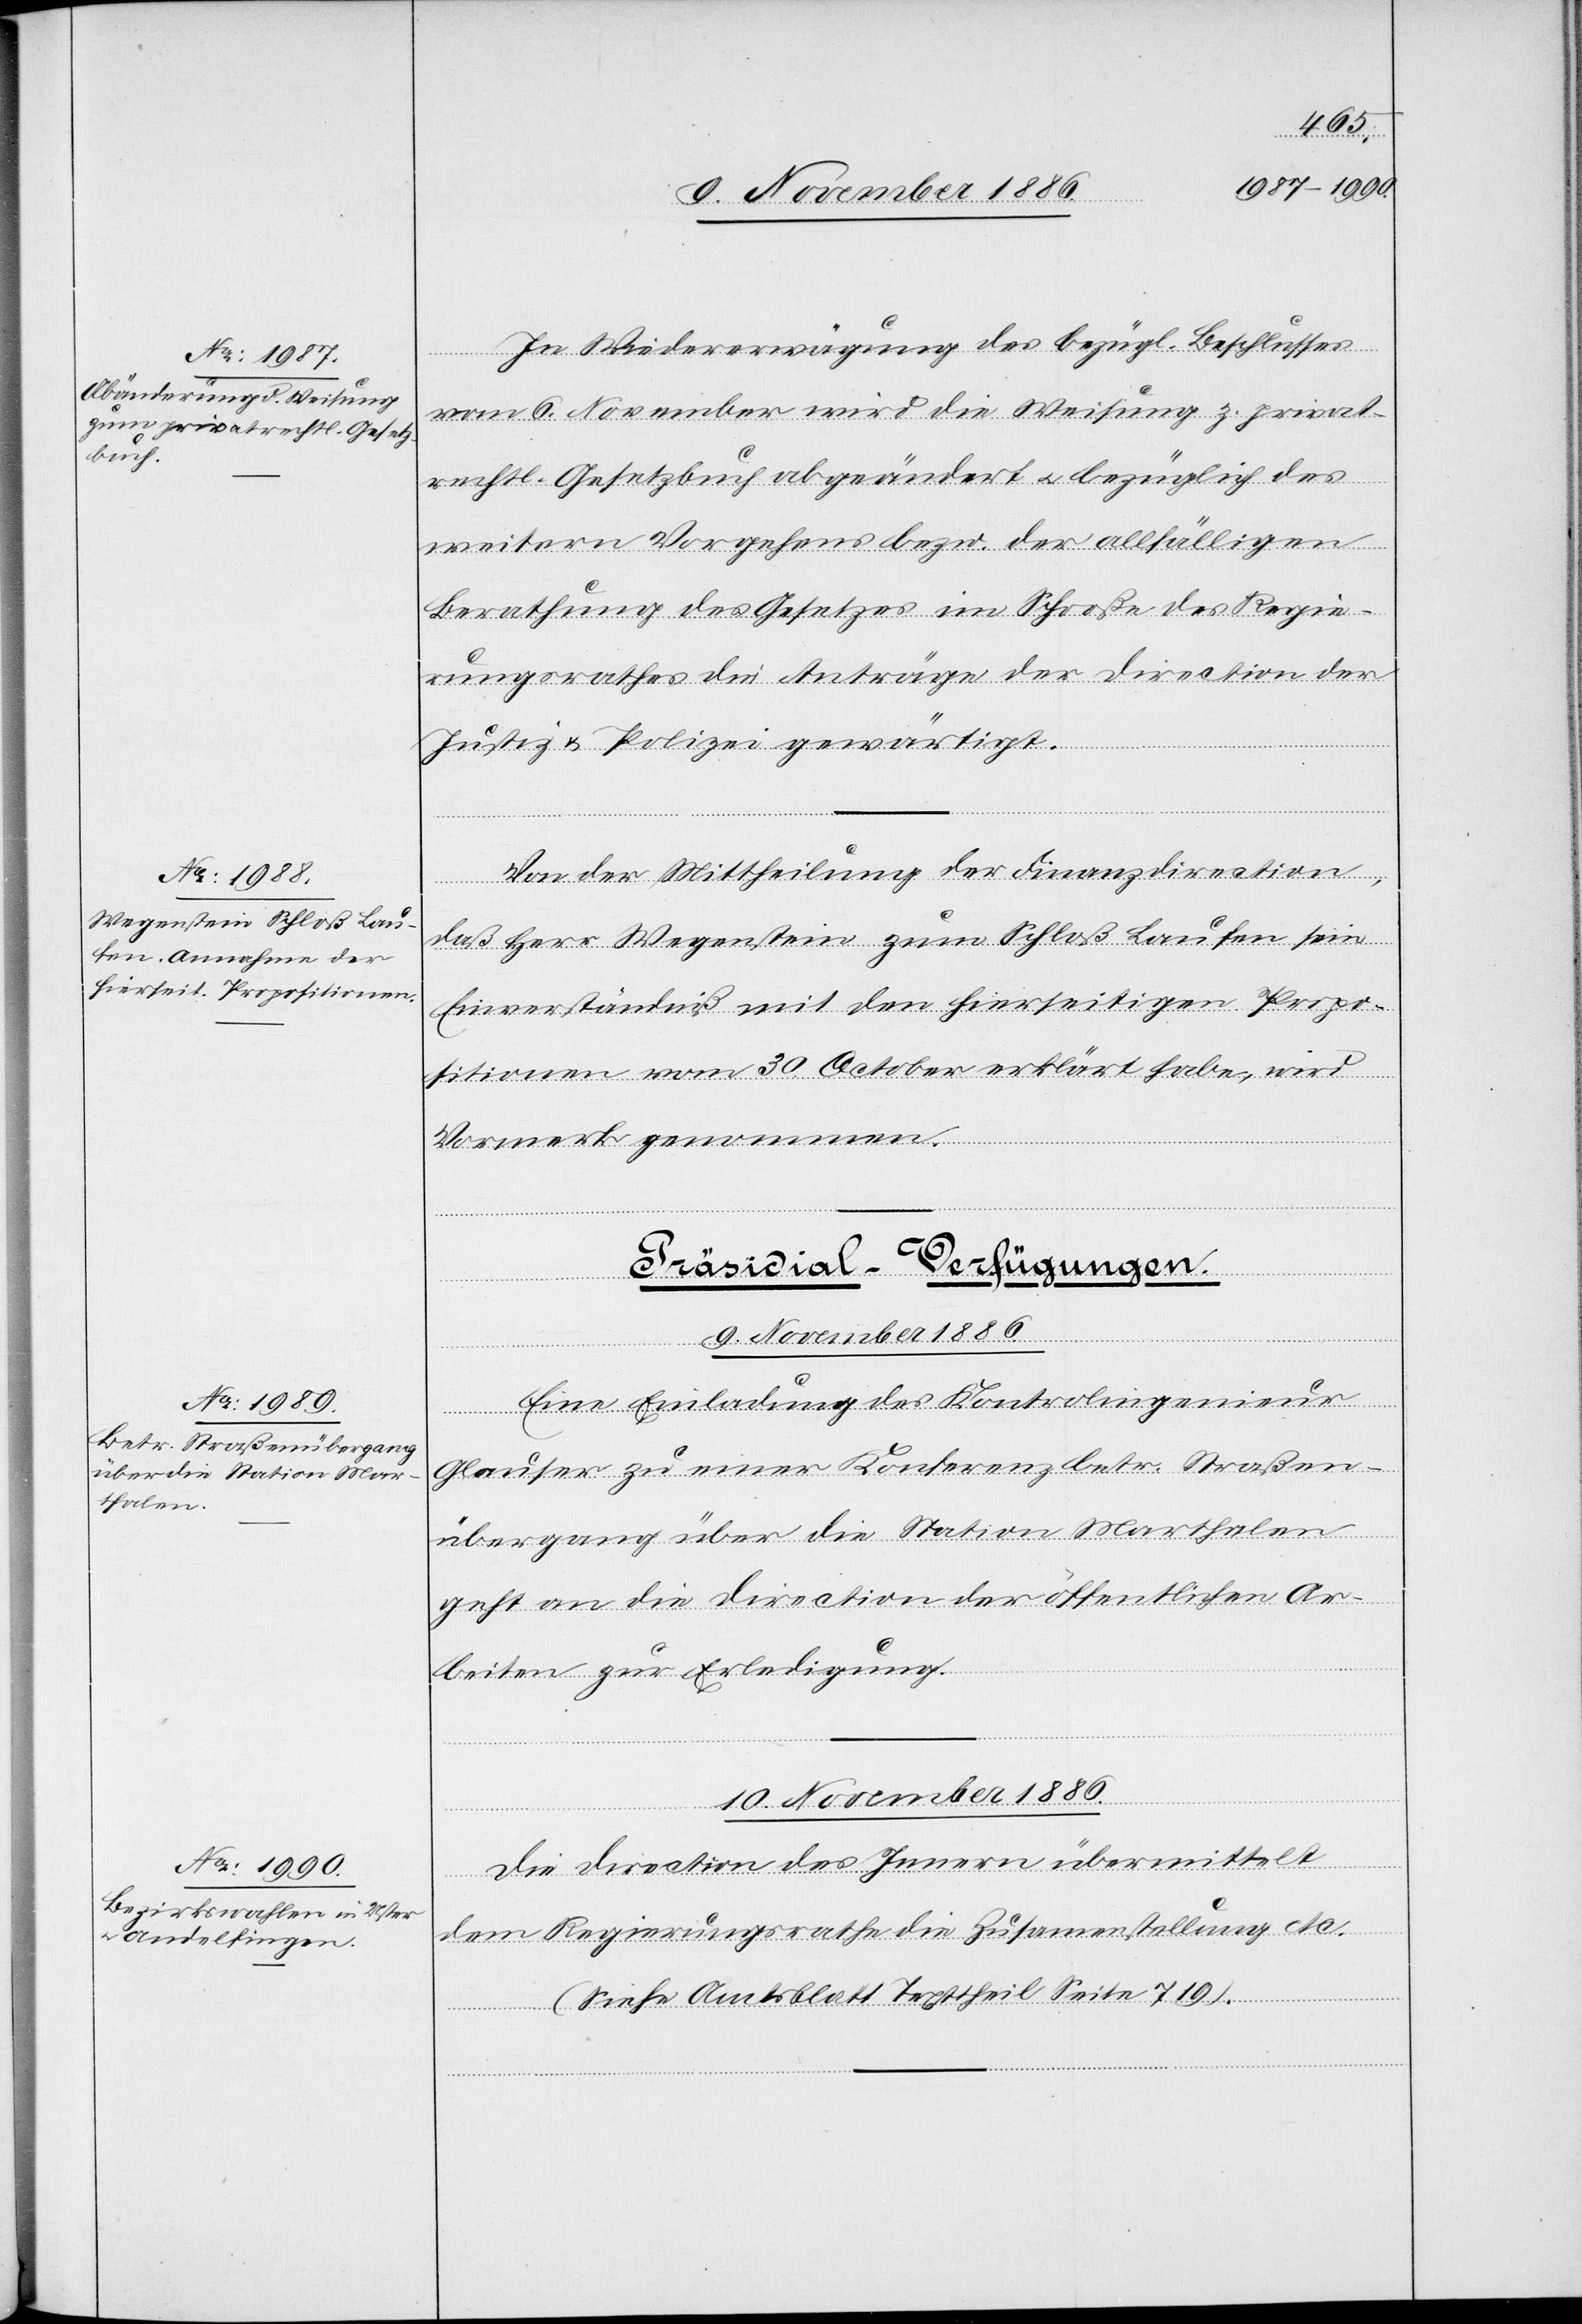
In Wiedererwägung des bezügl. Beschlusses
vom 6. November wird die Weisung z. privat¬
rechtl. Gesetzbuch abgeändert & bezüglich des
weitern Vorgehens bezw. der allfälligen
Berathung des Gesetzes im Schooße des Regie¬
rungsrathes die Anträge der Direction der
erfügungen.]
Justiz & Polizei gewärtigt.
Von der Mittheilung der Finanzdirection,
daß Herr Wegenstein zum Schloß Laufen sein
Einverständniß mit den hierseitigen Propo¬
sitionen vom 30. October erklärt habe, wird
Vormerk genommen.
Präsidial-Verfügungen.
9. November 1886.
Eine Einladung des Kontrolingenieur
Glauser zu einer Konferenz betr. Straßen¬
übergang über die Station Marthalen
geht an die Direction der öffentlichen Ar¬
beiten zur Erledigung.
10. November 1886.
Die Direction des Innern übermittelt
dem Regierungsrathe die Zusammenstellung etc.
(Siehe Amtsblatt Texttheil Seite 719).